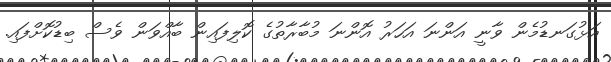
އަޅުގަނޑުމެން ވާނީ އަންނަ އަހަރު އޮންނަ މުބާރާތުގެ ކޮލިފައިން ބާއްވަން ވެސް ބިޑުކޮށްފައި.